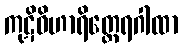
ကုဋိဝိဟာရိတ္ထေရဂါထာ